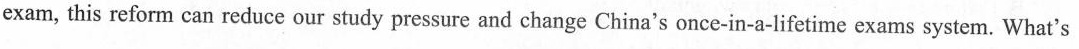
exam, this reform can reduce our study pressure and change China's once-in-a-lifetime exams system. What's